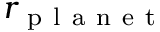
r _ { \mathrm { ~ p ~ l ~ a ~ n ~ e ~ t ~ } }